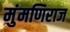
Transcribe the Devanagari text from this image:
मुंमणिराज